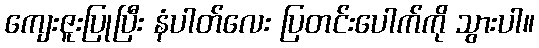
ကျေးဇူးပြုပြီး နံပါတ်လေး ပြတင်းပေါက်ကို သွားပါ။